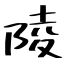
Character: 陵